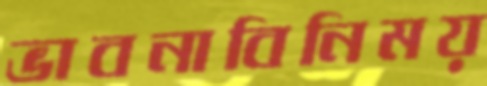
ভাবনাবিনিময়